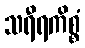
သရီရကိစ္စံ